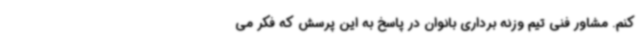
کنم. مشاور فنی تیم وزنه برداری بانوان در پاسخ به این پرسش که فکر می